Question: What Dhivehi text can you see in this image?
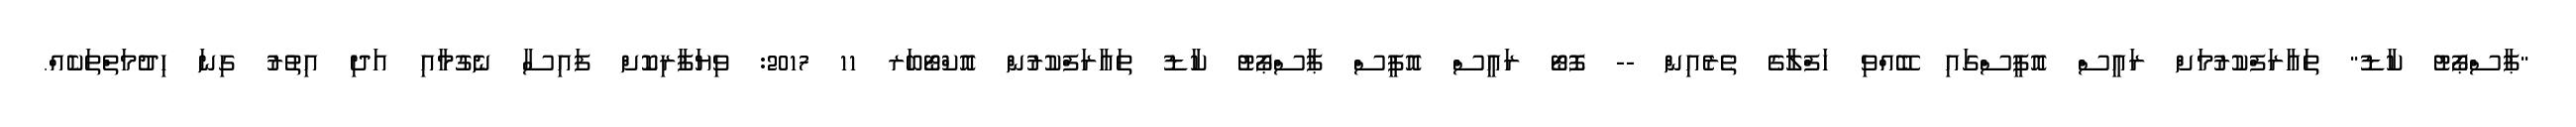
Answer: "ޕާސްޕޯޓު ކާޑު" ތައާރަފްކުރުމަށް ރައީސް އޮފީސްގައި ބޭއްވި ހަފްލާގެ ތެރެއިން -- ފޮޓޯ ރައީސް އޮފީސް ޕާސްޕޯޓު ކާޑު ތައާރަފްކުރުން އޮކްޓޯބަރ 11 2017: ވިޔަފާރިކޮށް ފައިސާ ނެގުމާއި އަދި އިތުރު ގިނަ ހިދުމަތްތަކެއް.